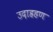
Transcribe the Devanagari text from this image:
उदाह्रहण